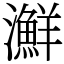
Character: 㶍